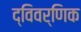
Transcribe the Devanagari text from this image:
द्विवर्णिक